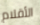
الأقلام